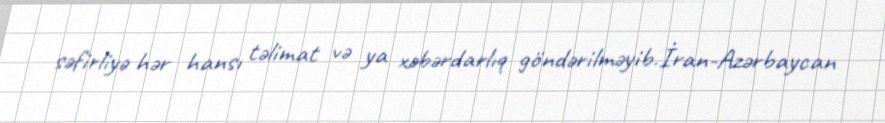
səfirliyə hər hansı təlimat və ya xəbərdarlıq göndərilməyib.İran-Azərbaycan